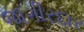
જાગીરદાર